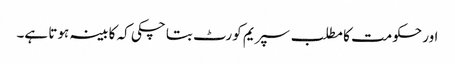
اور حکومت کا مطلب سپریم کورٹ بتا چکی کہ کابینہ ہوتا ہے۔